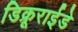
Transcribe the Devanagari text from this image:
डिक्रूराईडे